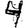
Digit: 4